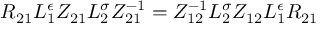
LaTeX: { \cal R } _ { 2 1 } L _ { 1 } ^ { \epsilon } Z _ { 2 1 } L _ { 2 } ^ { \sigma } Z _ { 2 1 } ^ { - 1 } = Z _ { 1 2 } ^ { - 1 } L _ { 2 } ^ { \sigma } Z _ { 1 2 } L _ { 1 } ^ { \epsilon } { \cal R } _ { 2 1 }